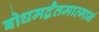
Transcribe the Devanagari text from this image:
बोधमद्वैतमात्मानं